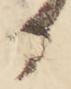
か